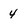
Character: 4